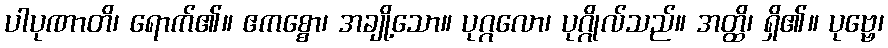
ပါပုဏာတိ၊ ရောက်၏။ ဧကစ္စော၊ အချို့သော။ ပုဂ္ဂလော၊ ပုဂ္ဂိုလ်သည်။ အတ္ထိ၊ ရှိ၏။ ပုဗ္ဗေ၊